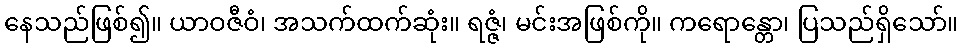
နေသည်ဖြစ်၍။ ယာဝဇီဝံ၊ အသက်ထက်ဆုံး။ ရဇ္ဇံ၊ မင်းအဖြစ်ကို။ ကရောန္တော၊ ပြသည်ရှိသော်။